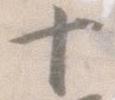
十